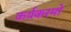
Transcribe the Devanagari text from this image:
कर्यकरमो